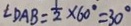
\angle D A B = \frac { 1 } { 2 } \times 6 0 ^ { \circ } = 3 0 ^ { \circ }